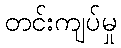
တင်းကျပ်မှု